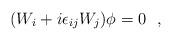
LaTeX: \begin{align*}(W_i+i \epsilon_{ij}W_j)\phi=0~~,\end{align*}